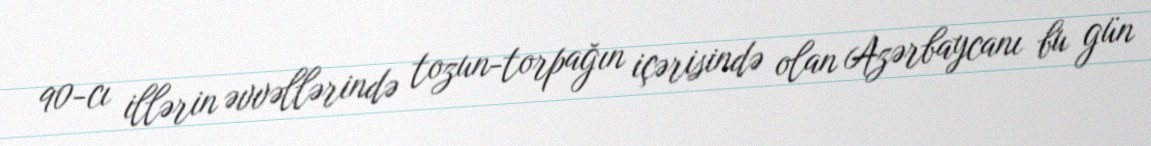
90-cı illərin əvvəllərində tozun-torpağın içərisində olan Azərbaycanı bu gün